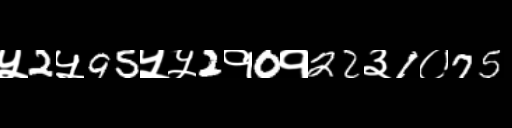
Text: ५2५95५५2१0१22३1०75